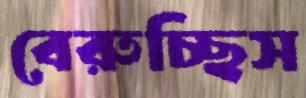
বেরুচ্ছিস